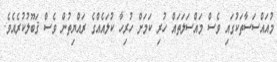
މުއައްސަސާތަކުގައި ވެސް މައްސަލަތައް ހުރި ކަމަށް ހުރިހާ ކުލައެއްގެ ރައްޔިތުން ވެސް ޤަބޫލުކުރެއެވެ.